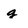
Character: g